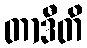
တာဒီတိ